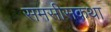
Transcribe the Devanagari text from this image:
समसीसकथा